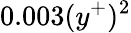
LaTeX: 0.003(y^{+})^{2}